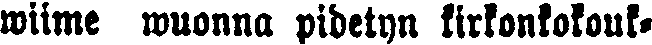
wiime wuonna pidetyn kirkonkokouk-